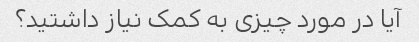
آیا در مورد چیزی به کمک نیاز داشتید؟